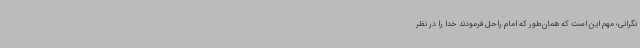
نگرانی؛ مهم این است که همان‌طور که امام راحل فرمودند خدا را در نظر